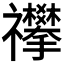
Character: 𥜳